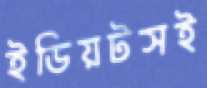
ইডিয়টসই